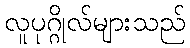
လူပုဂ္ဂိုလ်များသည်